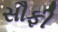
સૌફી